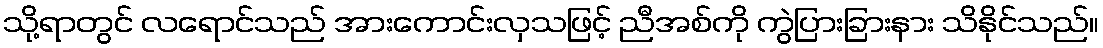
သို့ရာတွင် လရောင်သည် အားကောင်းလှသဖြင့် ညီအစ်ကို ကွဲပြားခြားနား သိနိုင်သည်။